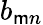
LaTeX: b_{\mathsf{m}n}